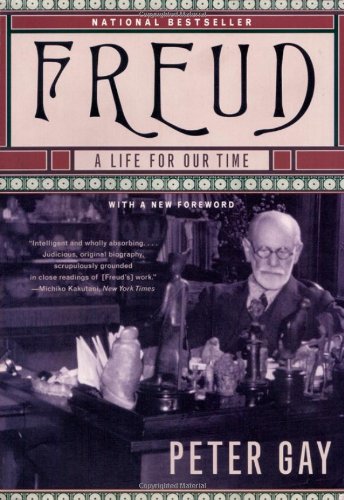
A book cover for Freud: A Life for Our Time; Peter Gay; Biographies & Memoirs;